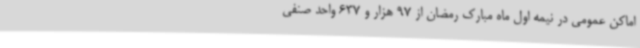
اماکن عمومی در نیمه اول ماه مبارک رمضان از 97 هزار و 637 واحد صنفی